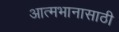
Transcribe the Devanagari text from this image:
आत्मभानासाठी